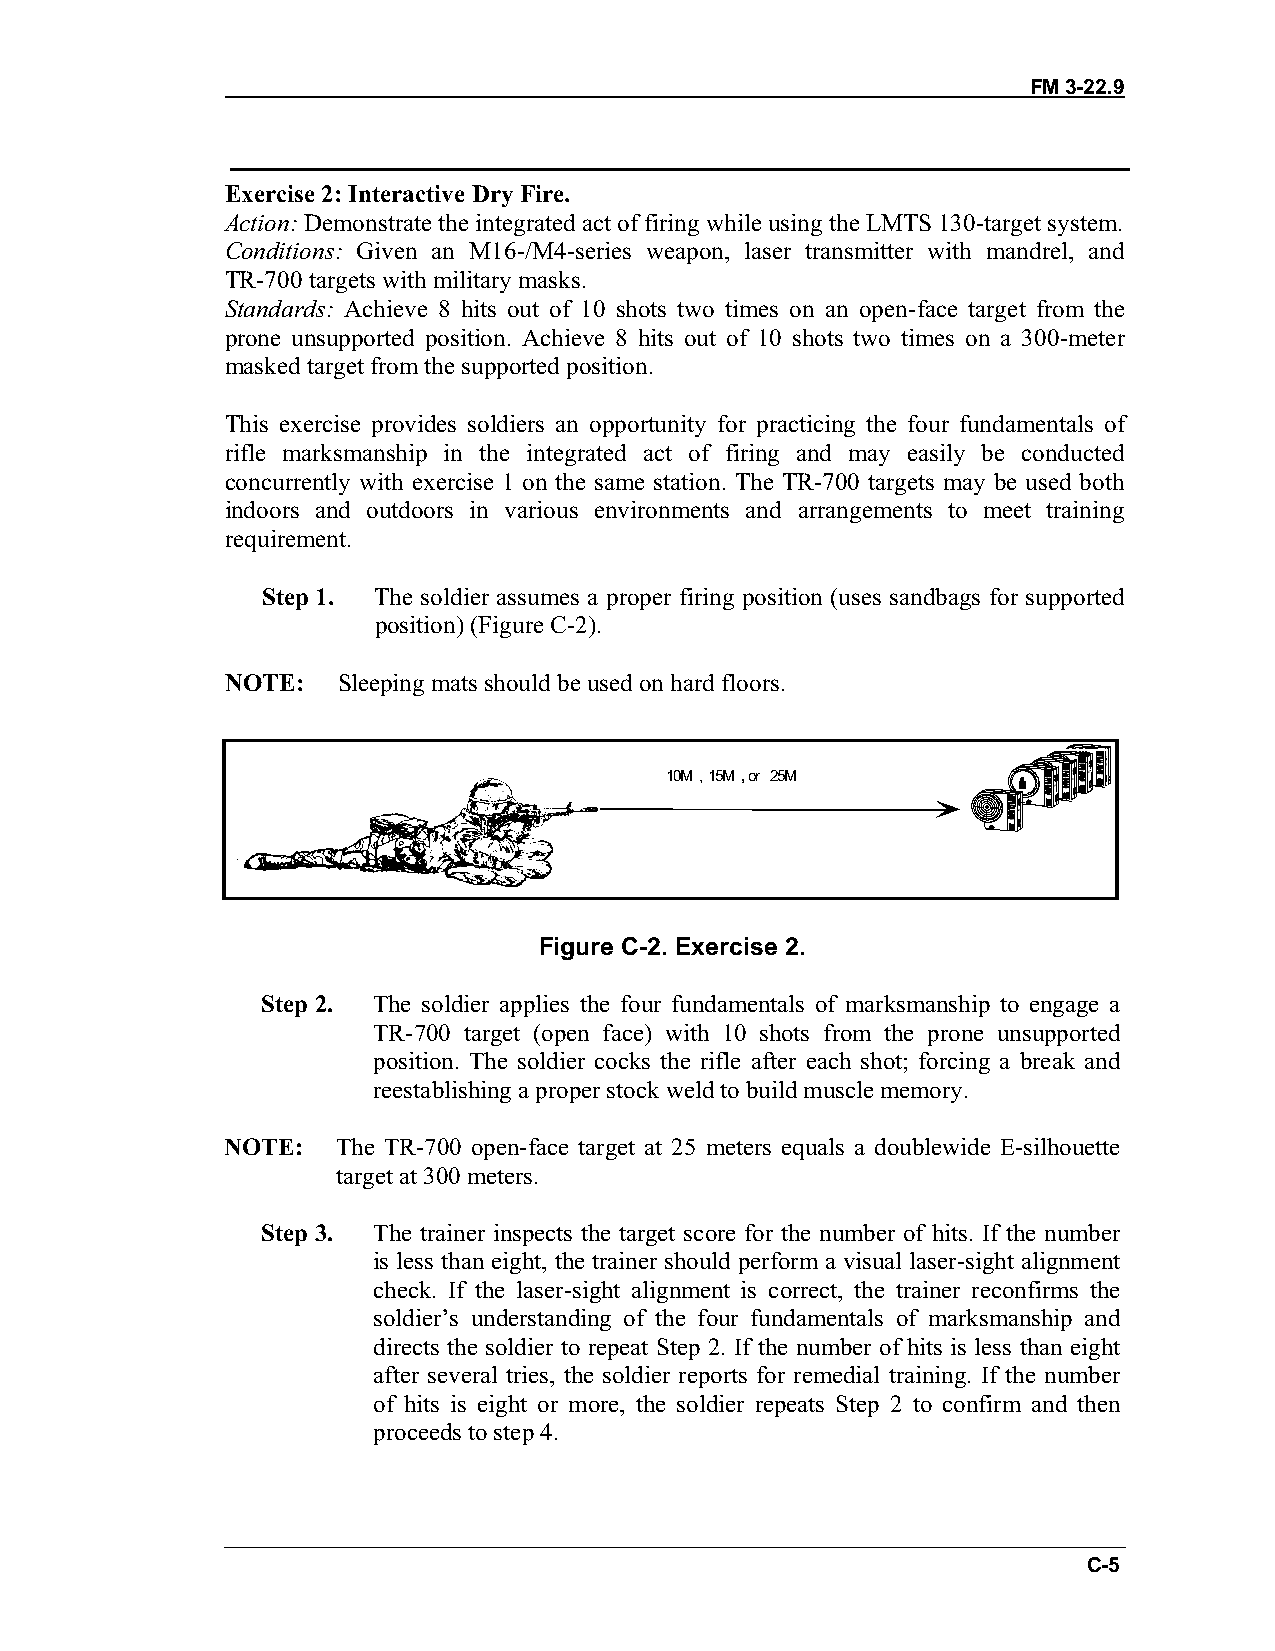
FM 3-22.9
 Exercise 2: Interactive Dry Fire.
 Action: Demonstrate the integrated act of firing while using the LMTS 130-target system.
 Conditions: Given an M16-/M4-series weapon, laser transmitter with mandrel, and
 TR-700 targets with military masks.
 Standards: Achieve 8 hits out of 10 shots two times on an open-face target from the
 prone unsupported position. Achieve 8 hits out of 10 shots two times on a 300-meter
 masked target from the supported position.
 This exercise provides soldiers an opportunity for practicing the four fundamentals of
 rifle marksmanship in the integrated act of firing and may easily be conducted
 concurrently with exercise 1 on the same station. The TR-700 targets may be used both
 indoors and outdoors in various environments and arrangements to meet training
 requirement.
 Step 1. The soldier assumes a proper firing position (uses sandbags for supported
 position) (Figure C-2).
 NOTE:  Sleeping mats should be used on hard floors.
 10M ,15M, or 25M
 Figure C-2. Exercise 2.
 Step 2. The soldier applies the four fundamentals of marksmanship to engage a
 TR-700 target (open face) with 10 shots from the prone unsupported
 position. The soldier cocks the rifle after each shot; forcing a break and
 reestablishing a proper stock weld to build muscle memory.
 NOTE:  The TR-700 open-face target at 25 meters equals a doublewide E-silhouette
 target at 300 meters.
 Step 3. The trainer inspects the target score for the number of hits. If the number
 is less than eight, the trainer should perform a visual laser-sight alignment
 check. If the laser-sight alignment is correct, the trainer reconfirms the
 soldier’s understanding of the four fundamentals of marksmanship and
 directs the soldier to repeat Step 2. If the number of hits is less than eight
 after several tries, the soldier reports for remedial training. If the number
 of hits is eight or more, the soldier repeats Step 2 to confirm and then
 proceeds to step 4.
 C-5